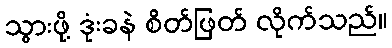
သွားဖို့ ဒုံးခနဲ စိတ်ဖြတ် လိုက်သည်။